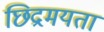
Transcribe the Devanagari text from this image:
छिद्रमयता